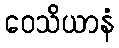
ဝေသိယာနံ